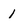
Character: 1